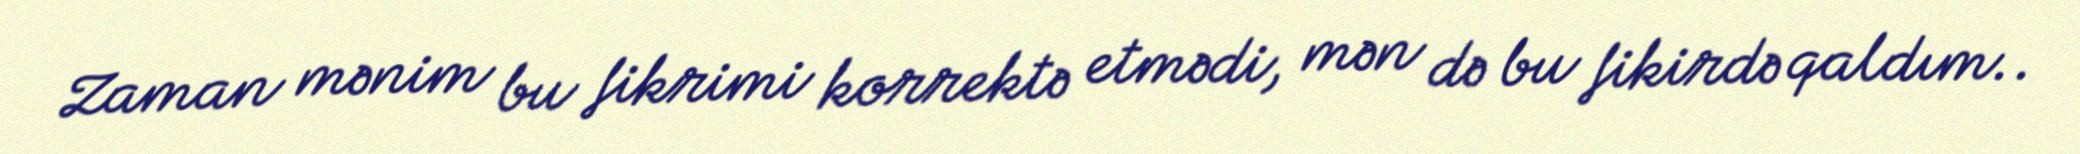
Zaman mənim bu fikrimi korrektə etmədi, mən də bu fikirdə qaldım..